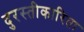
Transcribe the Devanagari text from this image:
दुरस्तीकारिता